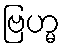
ဗြဟ္မ